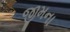
જીમના